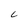
Character: C